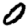
Digit: 0